Civil Veterinary Department. Central Provinces & Berar 1932-41 - 1932-1941
Year: 1932
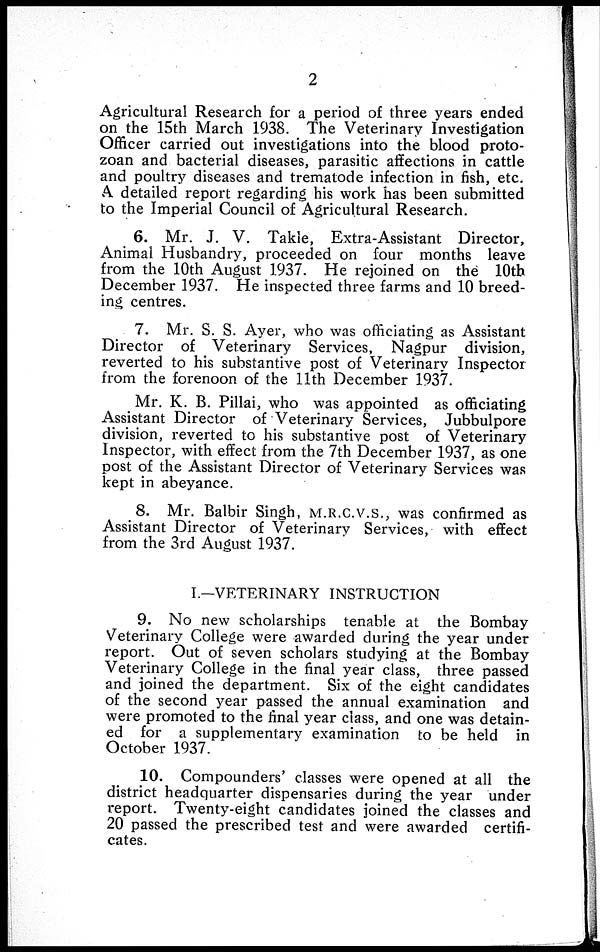
2
Agricultural Research for a period of three years ended
on the 15th March 1938. The Veterinary Investigation
Officer carried out investigations into the blood proto-
zoan and bacterial diseases, parasitic affections in cattle
and poultry diseases and trematode infection in fish, etc.
A detailed report regarding his work has been submitted
to the Imperial Council of Agricultural Research.
6. Mr. J. V. Takle, Extra-Assistant Director,
Animal Husbandry, proceeded on four months leave
from the 10th August 1937. He rejoined on the 10th
December 1937. He inspected three farms and 10 breed-
ing centres.
7. Mr. S. S. Ayer, who was officiating as Assistant
Director of Veterinary Services, Nagpur division,
reverted to his substantive post of Veterinary Inspector
from the forenoon of the 11th December 1937.
Mr. K. B. Pillai, who was appointed as officiating
Assistant Director of Veterinary Services, Jubbulpore
division, reverted to his substantive post of Veterinary
Inspector, with effect from the 7th December 1937, as one
post of the Assistant Director of Veterinary Services was
kept in abeyance.
8. Mr. Balbir Singh, M.R.C.V.S., was confirmed as
Assistant Director of Veterinary Services, with effect
from the 3rd August 1937.
I.-VETERINARY INSTRUCTION
9. No new scholarships tenable at the Bombay
Veterinary College were awarded during the year under
report. Out of seven scholars studying at the Bombay
Veterinary College in the final year class, three passed
and joined the department. Six of the eight candidates
of the second year passed the annual examination and
were promoted to the final year class, and one was detain-
ed for a supplementary examination to be held in
October 1937.
10. Compounders' classes were opened at all the
district headquarter dispensaries during the year under
report. Twenty-eight candidates joined the classes and
20 passed the prescribed test and were awarded certifi-
cates.